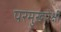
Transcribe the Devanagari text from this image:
परमुखपेक्षी